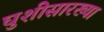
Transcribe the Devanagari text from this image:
घुशीसारख्या